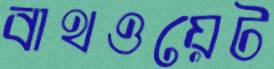
বাথওয়েট